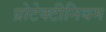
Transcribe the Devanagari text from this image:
प्रोटेक्टीनियम